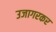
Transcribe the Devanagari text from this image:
उजागरकर